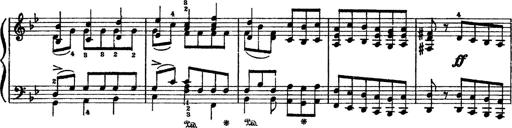
Title: Sarabande und Chaconne aus dem Singspiel
Composer: Franz Liszt